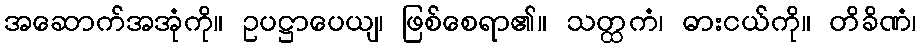
အဆောက်အအုံကို။ ဥပဋ္ဌာပေယျ၊ ဖြစ်စေရာ၏။ သတ္ထကံ၊ ဓားငယ်ကို။ တိခိဏံ၊